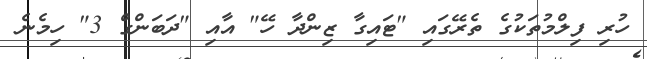
ހުރި ފިލްމުތަކުގެ ތެރޭގައި "ޓައިގާ ޒިންދާ ހޭ" އާއި "ދަބަންގް 3" ހިމެނެ